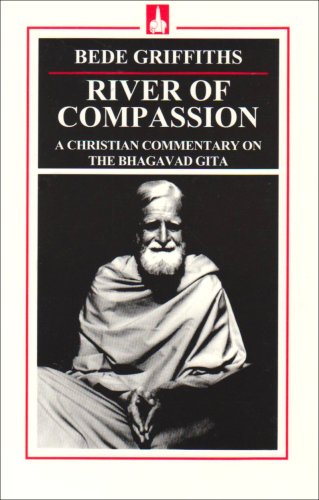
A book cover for River Of Compassion; Bede Griffiths; Religion & Spirituality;